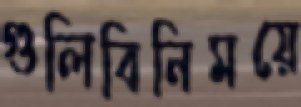
গুলিবিনিময়ে